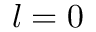
l = 0